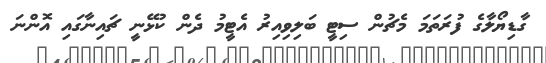
ގާޑިޔޯލާގެ ފުރަތަމަ މެޗުން ސިޓީ ބަލިވިއިރު އެޓީމު ދެން ކުޅޭނީ ޗައިނާގައި އޮންނަ